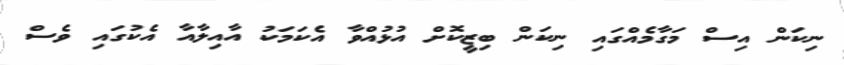
ނިކަން އިސް މަގާމެއްގައި ނިކަން ބިޒީކޮށް އުޅުއްވާ އެކަމަކު އާއިލާއާ އެކުގައި ވެސް